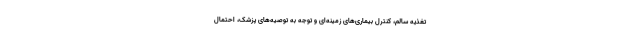
تغذیه سالم، کنترل بیماری‌های زمینه‌ای و توجه به توصیه‌های پزشک، احتمال